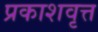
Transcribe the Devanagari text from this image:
प्रकाशवृत्त